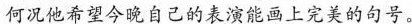
何况他希望今晚自己的表演能画上完美的句号。